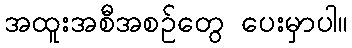
အထူးအစီအစဉ်တွေ ပေးမှာပါ။